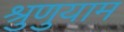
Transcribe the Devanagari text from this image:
श्रुणुयाम